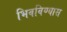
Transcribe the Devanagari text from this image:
भिवविण्यास